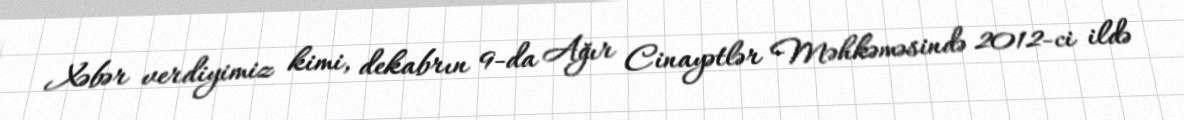
Xəbər verdiyimiz kimi, dekabrın 9-da Ağır Cinayətlər Məhkəməsində 2012-ci ildə